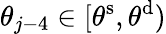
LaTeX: \theta_{j-4}\in[\theta^{\mathrm{s}},\theta^{\mathrm{d}})